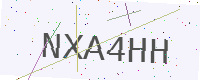
Text: NXA4HH